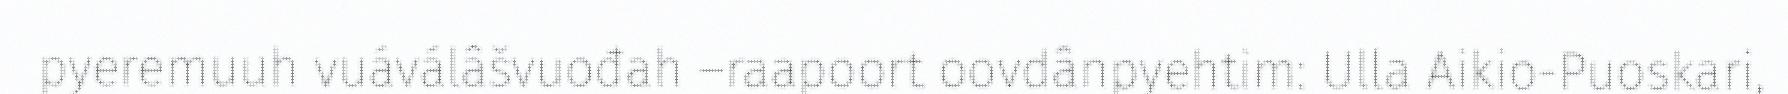
pyeremuuh vuáválâšvuođah –raapoort oovdânpyehtim: Ulla Aikio-Puoskari,